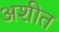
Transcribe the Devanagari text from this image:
अशीत